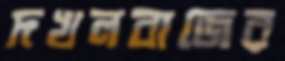
দখলবাজের